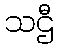
သဌီ